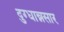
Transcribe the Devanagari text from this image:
दुग्धान्नसार